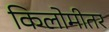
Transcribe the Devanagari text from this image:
किलोमीतर